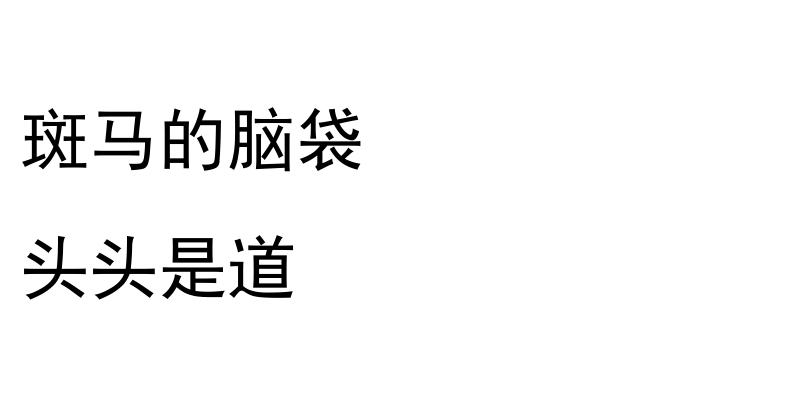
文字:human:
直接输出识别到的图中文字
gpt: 斑马的脑袋 头头是道